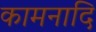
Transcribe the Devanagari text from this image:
कामनादि